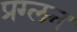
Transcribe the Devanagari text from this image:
प्रग्लन